Mental hospitals Bombay report 1921-28 - 1921-1928
Year: 1921
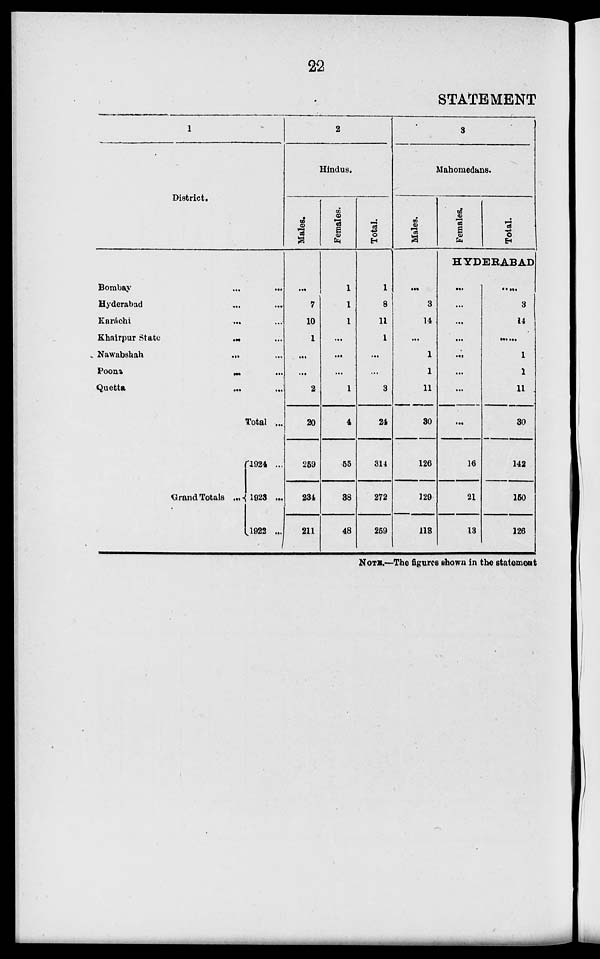
22
STATEMENT
1
District.
Bombay ... ...
Hyderabad ... ...
Karáchi
...
...
Khairpur State ... ...
Nawabshah
...
...
Poona
...
...
Quetta ... ...
Total ...
Grand Totals ...
1924 ...
1923 ...
1922 ...
2
Hindus.
Males.
...
7
10
1
...
...
2
20
259
234
211
Females.
1
1
1
...
...
...
1
4
55
38
48
Total.
1
8
11
1
...
...
3
24
314
272
259
3
Mahomedans.
Males.
...
3
14
...
1
1
11
30
126
129
113
Females.
Total.
HYDERABAD
...
...
...
...
...
...
...
...
16
21
13
.....
3
14
.....
1
1
11
30
142
150
126
NOTE.—The figures shown in the statement